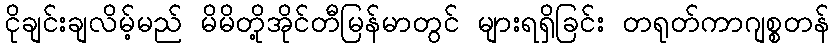
ငိုချင်းချလိမ့်မည် မိမိတို့အိုင်တီမြန်မာတွင် များရရှိခြင်း တရုတ်ကာဂျစ္စတန်